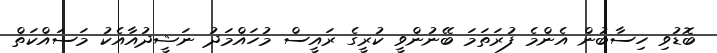
ބޮޑުވި ހިސާބުން އެންމެ ފުރަތަމަ ބޭނުންވީ ކުރީގެ ރައީސް މުހައްމަދު ނަޝީދުއާއެކު މަސައްކަތް